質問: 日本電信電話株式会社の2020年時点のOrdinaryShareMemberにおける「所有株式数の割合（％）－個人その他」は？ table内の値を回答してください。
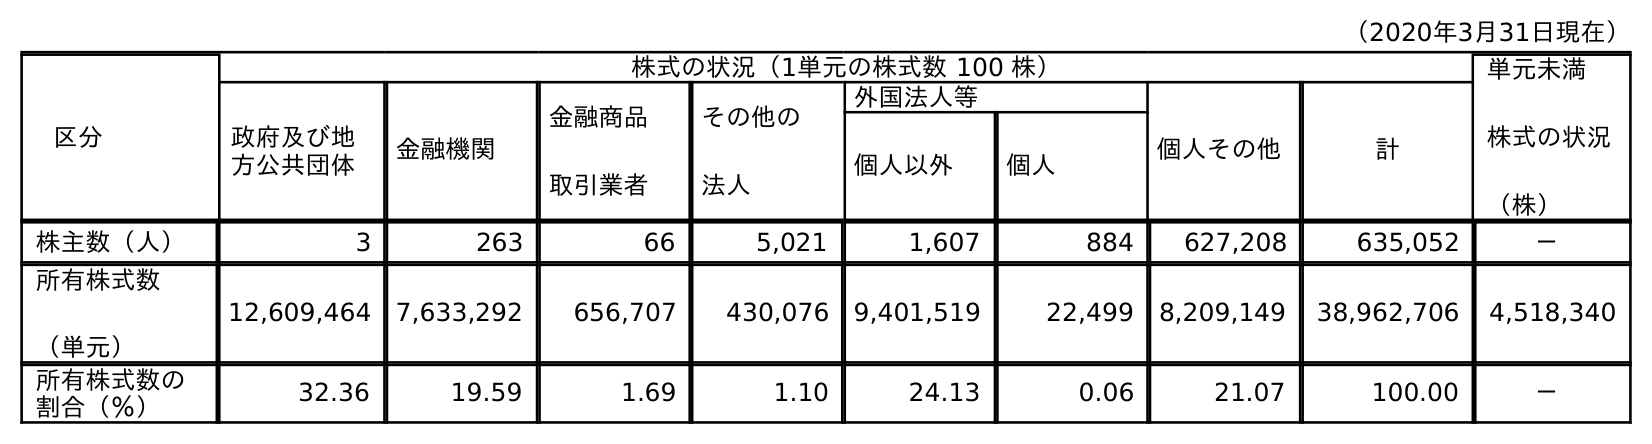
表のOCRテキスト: （2020年3月31日現在） 区分 株式の状況（1単元の株式数 100 株） 単元未満 株式の状況 （株） 政府及び地 方公共団体 金融機関 金融商品 取引業者 その他の 法人 外国法人等 個人その他 計 個人以外 個人 株主数（人） 3 263 66 5,021 1,607 884 627,208 635,052 － 所有株式数 （単元） 12,609,464 7,633,292 656,707 430,076 9,401,519 22,499 8,209,149 38,962,706 4,518,340 所有株式数の 割合（％） 32.36 19.59 1.69 1.10 24.13 0.06 21.07 100.00 －
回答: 21.07